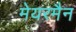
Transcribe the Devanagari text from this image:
मेयरमैन